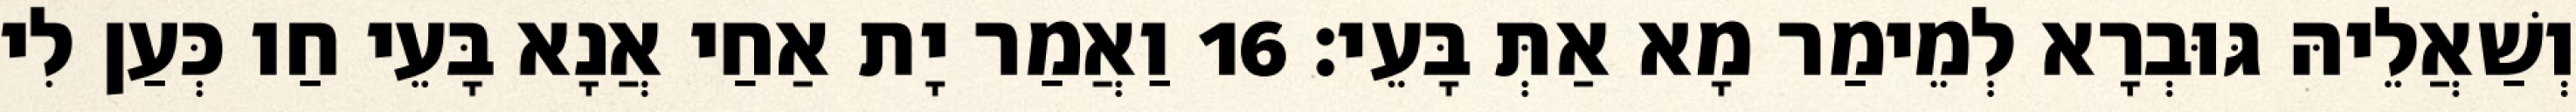
וְשַׁאֲלֵיהּ גּוּבְרָא לְמֵימַר מָא אַתְּ בָּעֵי׃ 16 וַאֲמַר יָת אַחַי אֲנָא בָּעֵי חַו כְּעַן לִי